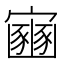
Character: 𫴠